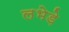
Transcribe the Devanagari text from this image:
लभेड़े